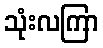
သုံးလကြာ